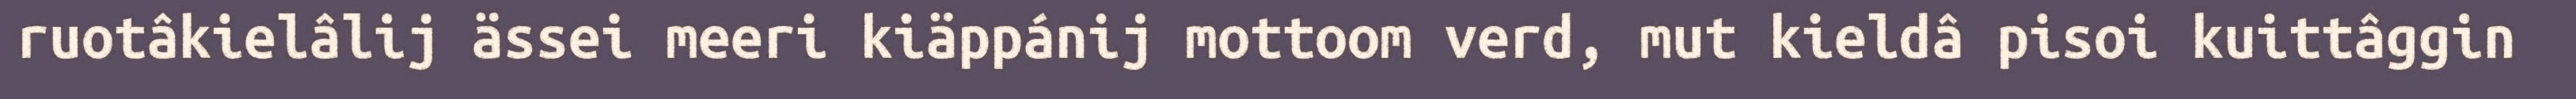
ruotâkielâlij ässei meeri kiäppánij mottoom verd, mut kieldâ pisoi kuittâggin